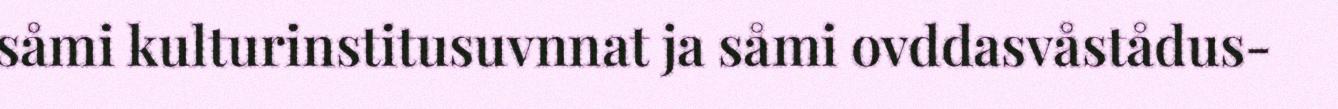
såmi kulturinstitusuvnnat ja såmi ovddasvåstådus-